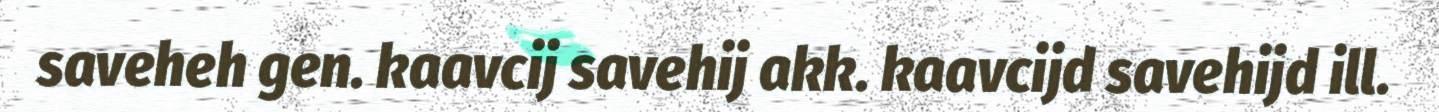
saveheh gen. kaavcij savehij akk. kaavcijd savehijd ill.